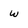
Character: w